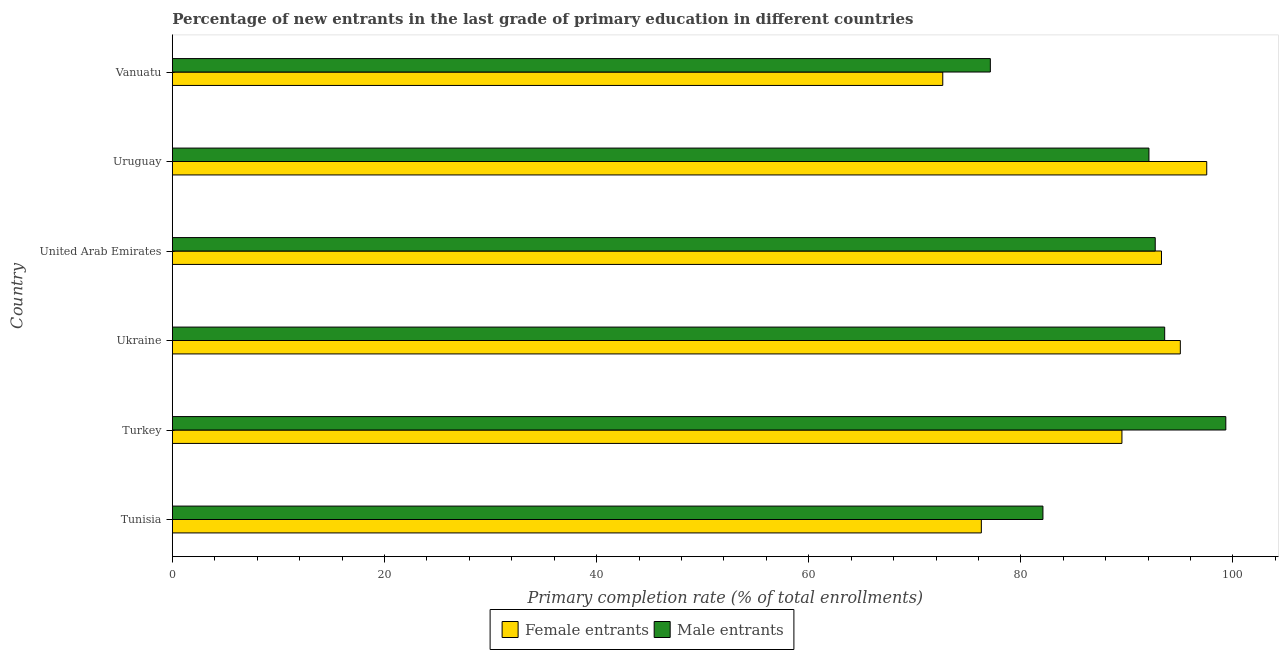
| Country | Female entrants | Male entrants |
 | --- | --- | --- |
 | Tunisia | 76.3 | 82.1 |
 | Turkey | 89.5 | 99.3 |
 | Ukraine | 95 | 93.6 |
 | United Arab Emirates | 93.3 | 92.7 |
 | Uruguay | 97.5 | 92.1 |
 | Vanuatu | 72.6 | 77.1 |